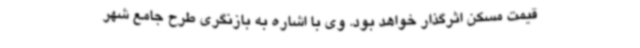
قیمت مسکن اثرگذار خواهد بود. وی با اشاره به بازنگری طرح جامع شهر